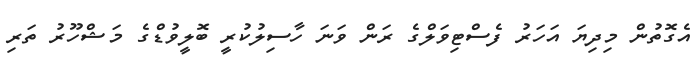
އެގޮތުން މިދިޔަ އަހަރު ފެސްޓިވަލްގެ ރަން ވަނަ ހާސިލުކުރީ ބޮލީވުޑްގެ މަޝްހޫރު ތަރި